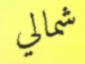
شمالي